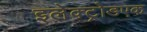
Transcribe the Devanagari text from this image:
इलेक्ट्रोडएक